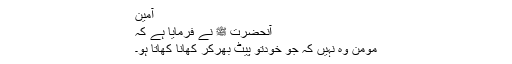
آمین
آنحضرت ﷺ نے فرمایا ہے کہ
مومن وہ نہیں کہ جو خودتو پیٹ بھرکر کھانا کھاتا ہو۔